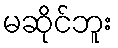
မဆိုင်ဘူး